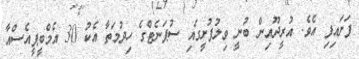
ފަށައިފި އެވެ. އުރީދޫއިން ބުނީ ވިލުފުށީގައި ސުޕަނެޓްގެ ހިދުމަތާ އެކު 30 އެމްބީޕީއެސްއާ